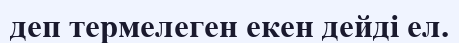
деп термелеген екен дейді ел.